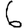
Digit: 6